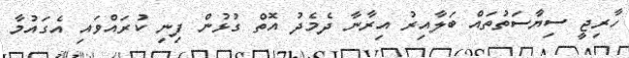
ހާރިޖީ ސިޔާސަތުތައް ބަލާއިރު އިރާނާ ދެމެދު އޮތް ގުޅުން ފިނި ކުރައްވައި އެގައުމާ